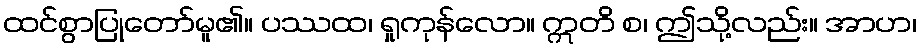
ထင်စွာပြုတော်မူ၏။ ပဿထ၊ ရှုကုန်လော။ ဣတိ စ၊ ဤသို့လည်း။ အာဟ၊